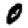
Digit: 0